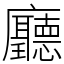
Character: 廳